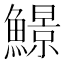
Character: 𩻱